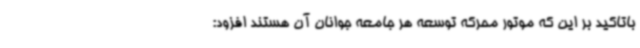
باتاکید بر این که موتور محرکه توسعه هر جامعه جوانان آن هستند افزود: